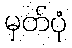
မှတ်ပုံ